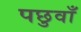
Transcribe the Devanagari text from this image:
पछुवाँ